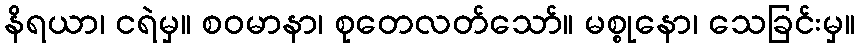
နိရယာ၊ ငရဲမှ။ စဝမာနာ၊ စုတေလတ်သော်။ မစ္စုနော၊ သေခြင်းမှ။